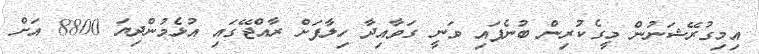
އިމިގުރޭޝަނުން މީގެކުރިން ބުނެފައި ވަނީ ގަވާއިދާ ހިލާފަށް ރާއްޖޭގައި އުޅެމުންދިޔަ 8800 އަށް